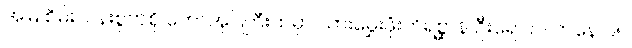
အမြဲ စိမ်းလန်းစွတ်စို တောအုပ်ကြီးထဲမှာ သားမွှေးဖုံးတိရစ္ဆာန် ဦးရေ ၉၀ ကနေ ၉၅